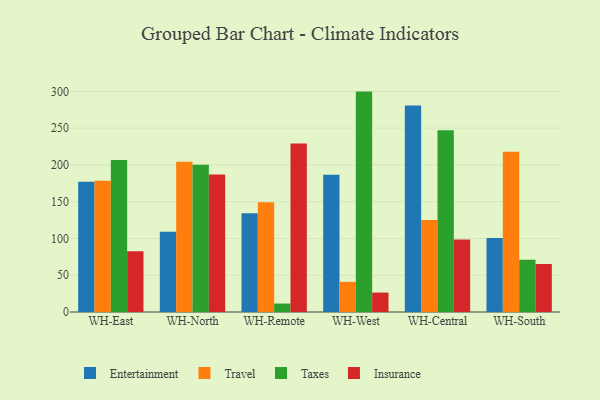
{"axis": {"x": "Warehouse", "y": "Inventory Turnover"}, "legend": ["Entertainment", "Insurance", "Taxes", "Travel"], "data": [{"x": "WH-East", "y": 177.2, "type": "Entertainment"}, {"x": "WH-East", "y": 178.4, "type": "Travel"}, {"x": "WH-East", "y": 206.6, "type": "Taxes"}, {"x": "WH-East", "y": 82.6, "type": "Insurance"}, {"x": "WH-North", "y": 109.2, "type": "Entertainment"}, {"x": "WH-North", "y": 204.4, "type": "Travel"}, {"x": "WH-North", "y": 200.4, "type": "Taxes"}, {"x": "WH-North", "y": 187.0, "type": "Insurance"}, {"x": "WH-Remote", "y": 134.4, "type": "Entertainment"}, {"x": "WH-Remote", "y": 149.3, "type": "Travel"}, {"x": "WH-Remote", "y": 11.5, "type": "Taxes"}, {"x": "WH-Remote", "y": 229.0, "type": "Insurance"}, {"x": "WH-West", "y": 186.5, "type": "Entertainment"}, {"x": "WH-West", "y": 41.0, "type": "Travel"}, {"x": "WH-West", "y": 299.7, "type": "Taxes"}, {"x": "WH-West", "y": 26.4, "type": "Insurance"}, {"x": "WH-Central", "y": 280.9, "type": "Entertainment"}, {"x": "WH-Central", "y": 125.1, "type": "Travel"}, {"x": "WH-Central", "y": 247.2, "type": "Taxes"}, {"x": "WH-Central", "y": 98.7, "type": "Insurance"}, {"x": "WH-South", "y": 100.6, "type": "Entertainment"}, {"x": "WH-South", "y": 217.9, "type": "Travel"}, {"x": "WH-South", "y": 71.1, "type": "Taxes"}, {"x": "WH-South", "y": 65.3, "type": "Insurance"}]}